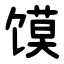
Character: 馍